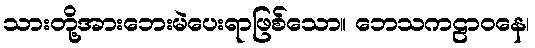
သားတို့အားဘေးမဲပေးရာဖြစ်သော။ ဘေသကဠာဝနေ၊